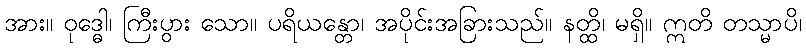
အား။ ဝုဒ္ဓေါ၊ ကြီးပွား သော။ ပရိယန္တော၊ အပိုင်းအခြားသည်။ နတ္ထိ၊ မရှိ။ ဣတိ တသ္မာပိ၊